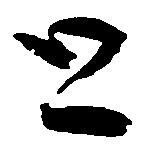
と